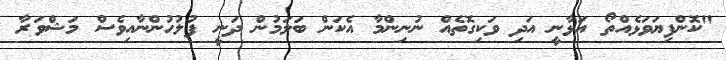
"ކޮންފިޔަވަޅެއްތޯ އަޅާނީ އަދި ވަކިގޮތެއް ނުނިންމާ އެކަން ބަލަމުން ދަނީ ފުލުހުންނާއިވެސް މަޝްވަރާ